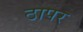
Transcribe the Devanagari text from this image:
ठापर